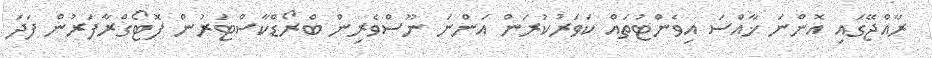
ރާއްޖޭގައި އޮންނަ ޚާއްސަ އިވެންޓުތައް ކަވަރުކުރަން އަންނަ ނޫސްވެރިން ބްރޯޑްކާސްޓަރުން ފޮޓޯގްރާފަރުން ފަދަ